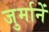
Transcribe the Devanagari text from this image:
जुर्मानें